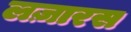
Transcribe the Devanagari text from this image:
लज़ारस